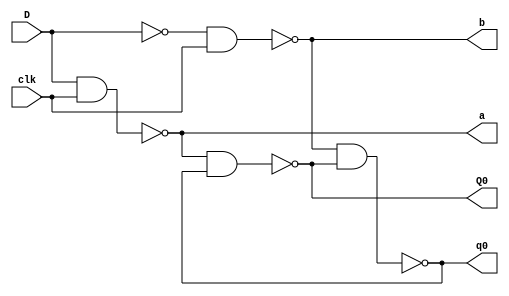
module dFlipflop(D, clk , a, b, Q0, q0);
input D, clk;
output a, b, Q0, q0;

// S is treated as D and R is treated as D'
assign a = ~(D & clk);
assign b = ~(~D & clk);
assign Q0 = ~(a & q0);
assign q0 = ~(b & Q0);

endmodule